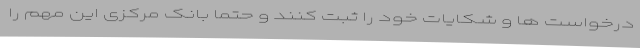
درخواست ها و شکایات خود را ثبت کنند و حتماً بانک مرکزی این مهم را